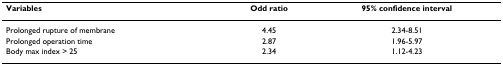
<table><thead><tr><td><b>Variables</b></td><td><b>Odd ratio</b></td><td><b>95% confidence interval</b></td></tr></thead><tbody><tr><td>Prolonged rupture of membrane</td><td>4.45</td><td>2.34-8.51</td></tr><tr><td>Prolonged operation time</td><td>2.87</td><td>1.96-5.97</td></tr><tr><td>Body max index &gt; 25</td><td>2.34</td><td>1.12-4.23</td></tr></tbody></table>